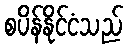
စပိန်နိုင်ငံသည်